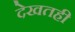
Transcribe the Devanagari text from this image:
देखतही